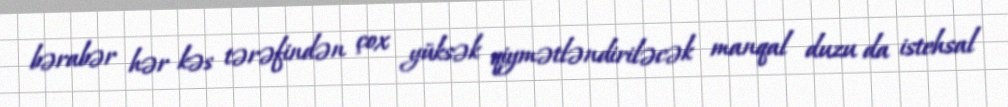
bərabər hər kəs tərəfindən çox yüksək qiymətləndiriləcək manqal duzu da istehsal